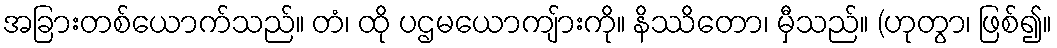
အခြားတစ်ယောက်သည်။ တံ၊ ထို ပဌမယောကျ်ားကို။ နိဿိတော၊ မှီသည်။ (ဟုတွာ၊ ဖြစ်၍။